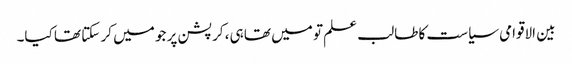
بین الاقوامی سیاست کا طالب علم تو میں تھا ہی، کرپشن پر جو میں کر سکتا تھا کیا۔